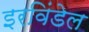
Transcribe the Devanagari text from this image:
इरविंडेल